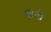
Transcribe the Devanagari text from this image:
सांनी